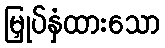
မြှုပ်နှံထားသော